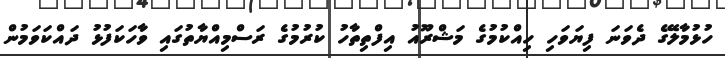
ހުޅުމާލޭގެ ދެވަނަ ފިޔަވަހި ހިއްކުމުގެ މަޝްރޫއު އިފްތިތާހު ކުރުމުގެ ރަސްމިއްޔާތުގައި ވާހަކަފުޅު ދައްކަވަމުން